Scottish Leaving Certificate Examination, 1957
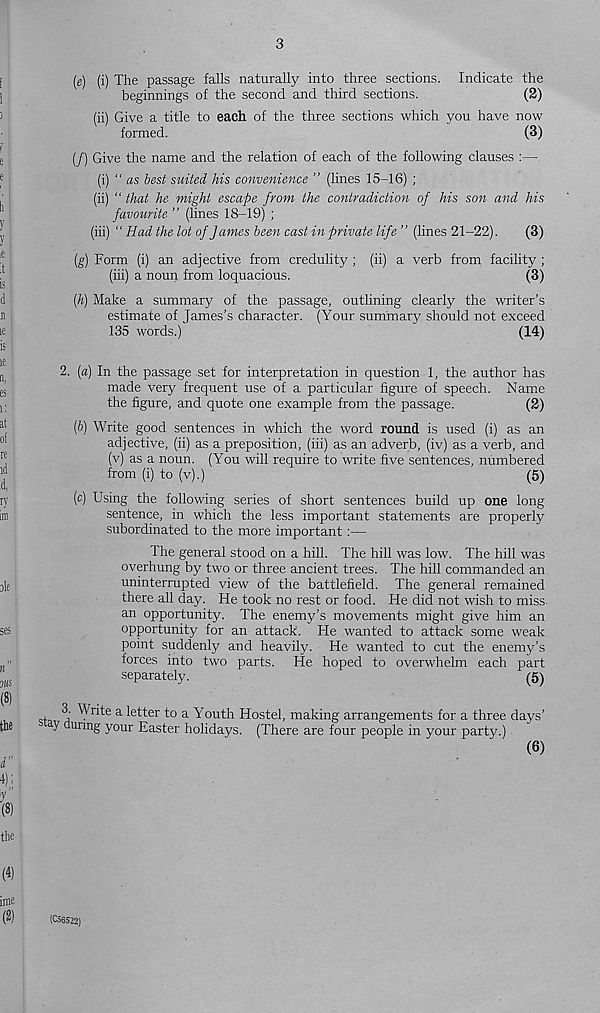
3
(e) (i) The passage falls naturally into three sections. Indicate the
beginnings of the second and third sections.
(2)
(ii) Give a title to each of the three sections which you have now
formed.
(3)
(/) Give the name and the relation of each of the following clauses :—
(i) “ as best suited his convenience ” (lines 15-16) ;
(ii) “ that he might escape from the contradiction of his son and his
favourite " (lines 18-19) ;
(iii) “ Had the lot of James been cast in private life ” (lines 21-22).
(3)
(g) Form (i) an adjective from credulity ; (ii) a verb from facility ;
(iii)
a noun from loquacious.
(h) Make a summary of the passage, outlining clearly the writer’s
estimate of James’s character. (Your summary should not exceed
135 words.)
(14)
2. (a) In the passage set for interpretation in question 1, the author has
made very frequent use of a particular figure of speech. Name
the figure, and quote one example from the passage.
(2)
(b) Write good sentences in which the word round is used (i) as an
adjective, (ii) as a preposition, (iii) as an adverb, (iv) as a verb, and
(v) as a noun. (You will require to write five sentences, numbered
from (i) to (v).)
(5)
(c) Using the following series of short sentences build up one long
sentence, in which the less important statements are properly
subordinated to the more important:—
The general stood on a hill. The hill was low. The hill was
overhung by two or three ancient trees. The hill commanded an
uninterrupted view of the battlefield. The general remained
there all day. He took no rest or food. He did not wish to miss
an opportunity. The enemy’s movements might give him an
opportunity for an attack. He wanted to attack some weak
point suddenly and heavily. He wanted to cut the enemy’s
forces into two parts. He hoped to overwhelm each part
separately.
(5)
. ^ Writ 6 a- letter to a Youth Hostel, making arrangements for a three days’
ay unn g your Easter holidays. (There are four people in your party.)
(6)
(C56522)